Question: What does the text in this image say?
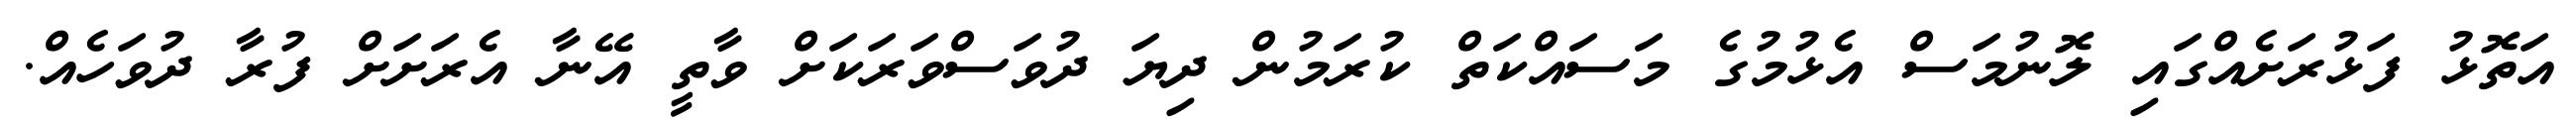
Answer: އަތޮޅު ފަޅުރަށެއްގައި ލޮނުމަސް އެޅުމުގެ މަސައްކަތް ކުރަމުން ދިޔަ ދުވަސްވަރަކަށް ވާތީ އޭނާ އެރަށަށް ފުރާ ދުވަހެއް.